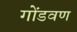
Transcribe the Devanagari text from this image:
गोंडवण